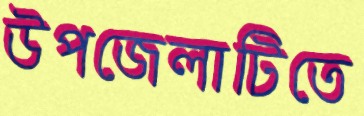
উপজেলাটিতে